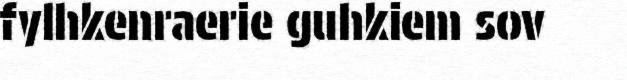
fylhkenraerie guhkiem sov